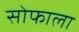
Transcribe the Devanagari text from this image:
सोफाला